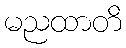
မညထာတိ